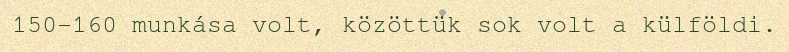
150-160 munkása volt, közöttük sok volt a külföldi.